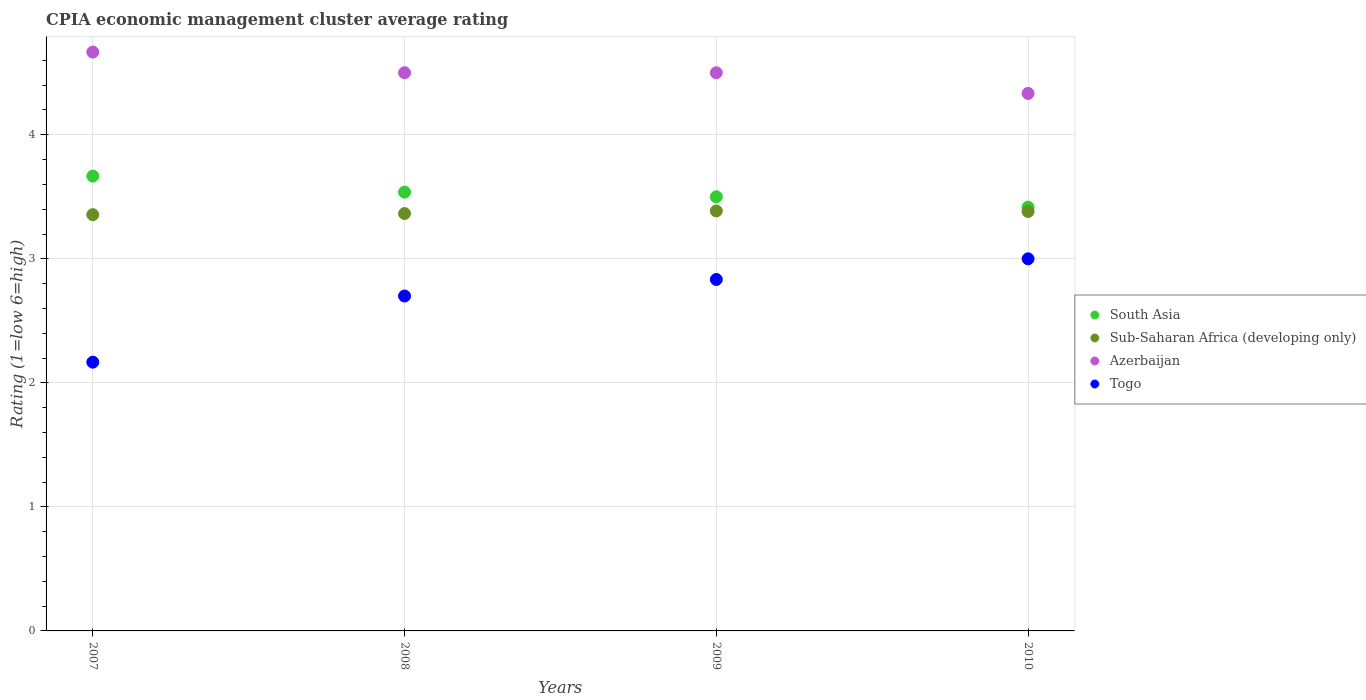
| Years | South Asia | Sub-Saharan Africa (developing only) | Azerbaijan | Togo |
 | --- | --- | --- | --- | --- |
 | 2007 | 3.67 | 3.36 | 4.67 | 2.17 |
 | 2008 | 3.54 | 3.36 | 4.5 | 2.7 |
 | 2009 | 3.5 | 3.39 | 4.5 | 2.83 |
 | 2010 | 3.42 | 3.38 | 4.33 | 3 |